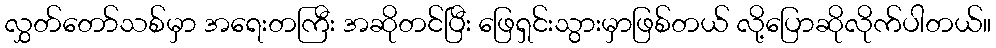
လွှတ်တော်သစ်မှာ အရေးတကြီး အဆိုတင်ပြီး ဖြေရှင်းသွားမှာဖြစ်တယ် လို့ပြောဆိုလိုက်ပါတယ်။